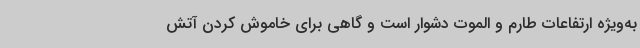
به‌ویژه ارتفاعات طارم و الموت دشوار است و گاهی برای خاموش کردن آتش